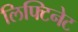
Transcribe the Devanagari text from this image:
लिफ्टिनेट